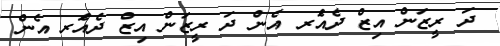
ދަ ރީޒަން އިޒް ދެއަެރ އެން ދަ ރީޒަން އިޒް ދެއަެރ އެން